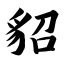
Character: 貂